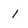
Character: 1